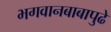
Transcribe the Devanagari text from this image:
भगवानबाबापुढे